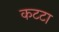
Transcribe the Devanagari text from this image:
कटटा